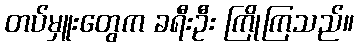
တပ်မှူးတွေက ခရီးဦး ကြိုကြသည်။